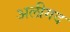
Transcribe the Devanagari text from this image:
अलीगद